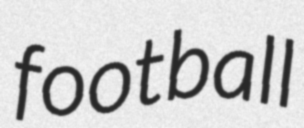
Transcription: football